Account of plague administration in the Bombay Presidency from September 1896 till May 1897
Year: 1896
Disease focus: Plague
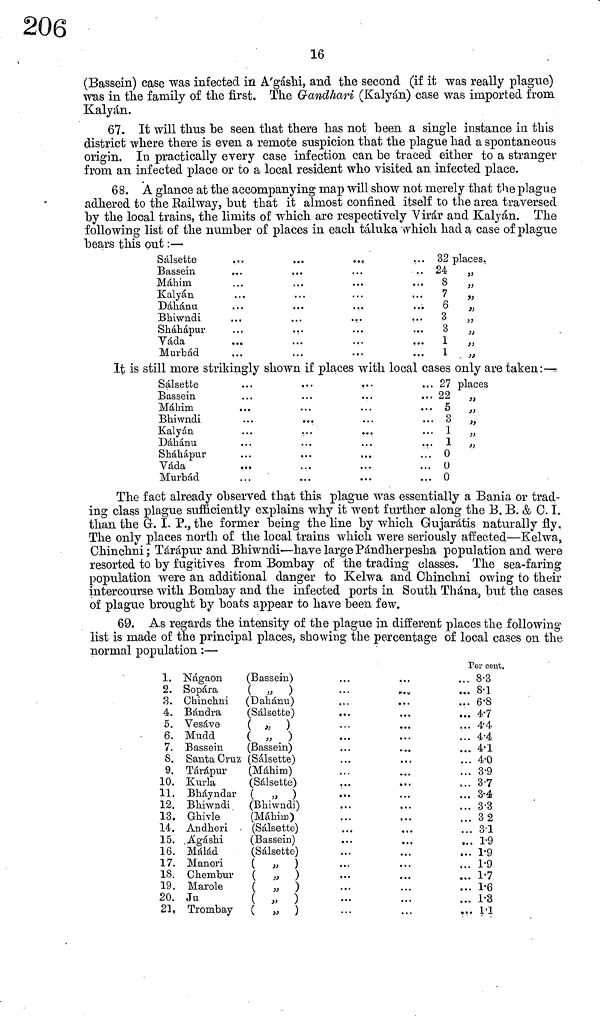
16
(Bassein) case "was infected in A'gáshi, and the second (if it was really plague)
was in the family of the first. The Gandhari (Kalyán) case was imported from
Kalyán.
67. It will thus be seen that there has not been a single instance in this
district where there is even a remote suspicion that the plague had a spontaneous
origin. In practically every case infection can be traced either to a stranger
from an infected place or to a local resident who visited an infected place.
68. A glance at the accompanying map will show not merely that the plague
adhered to the Railway, but that it almost confined itself to the area traversed
by the local trains, the limits of which are respectively Virar and Kalyán. The
following list of the number of places in each táluka which had a case of plague
bears this out :—
Sálsette
Bassein
Máhim
Kalyán
Dáhánu
Bhiwndi
Sháhápur
Yáda
Murbád
..
..
.
.
.
.
.
.
.
.
..
.
.
.
.
.
.
32 places.
24
"
8 "
7 "
6 "
3 "
3 "
1 "
1 "
It is still more strikingly shown if places with local cases only are taken:—
Sálsette
Bassein
Máhim
Bhiwndi
Kalyán
Dáhánu
Sháhápur
Váda
Murbád
...
...
...
...
. ..
...
...
...
...
.
.
.
.
.
.
. 27 places
... 22
"
... 5 "
... 3 "
... 1 "
. 1 "
. 0
. 0
. 0
The fact already observed that this plague was essentially a Bania or trad-
ing class plague sufficiently explains why it went further along the B. B. & C.I,
than the G. L P., the former being the line by which Gujarátis naturally fly.
The only places north of the local trains which were seriously affected—Kelwa,
Chinchni; Tárápur and Bhiwndi—have large Pándherpesha population and were
resorted to by fugitives from Bombay of the trading classes. The sea-faring
population were an additional danger to Kelwa and Chinchni owing to their
intercourse with Bombay and the infected ports in South Thána, but the cases
of plague brought by boats appear to have been few.
69. As regards the intensity of the plague in different places the following
list is made of the principal places, showing the percentage of local cases on the
normal population :—
1. Nágaon
(Bassein)
2. Sopara
( " )
3. Chinchni (Dáhánu)
4. Bándra
(Sálsette)
5. Vesáve
( " )
6. Mudd
( " )
7. Bassein
(Bassein)
S. Santa Cruz (Sálsette)
9. Tárápur
(Máhim)
10. Kurla
(Sálsette)
11. Bháyndar ( " )
12. Bhiwndi (Bhiwndi)
13. Ghivle
(Máhim)
14. Andheri
(Sálsette)
15. Ägashi
(Bassein)
16. Málád
(Sálsette)
17. Manori
( " )
18. Chemhur ( " )
19. Marole
( " )
20. Ju
( " )
21, Trombay ( " )
Per cent.
8.3
8.1
6.8
4.7
4.4
4.4
4.1
4.0
3.9
3.7
3.4
3.3
32
3.1
1.9
1.9
1.9
1.7
1.6
1.3
1.1